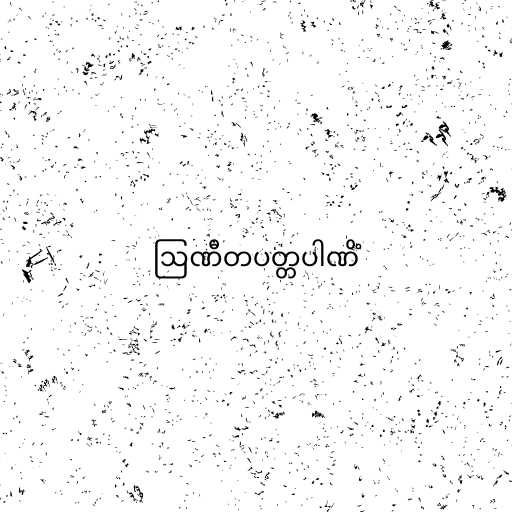
ဩဏီတပတ္တပါဏိံ